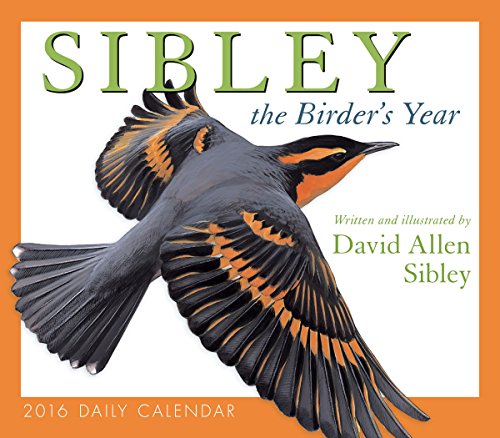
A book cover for Sibley: The Birder's Year 2016 Boxed/Daily Calendar; David Allen Sibley; Sports & Outdoors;